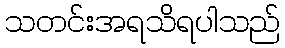
သတင်းအရသိရပါသည်